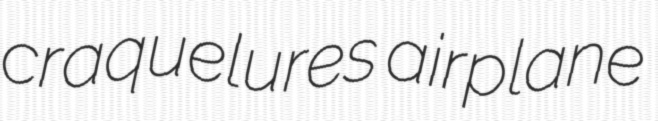
craquelures airplane